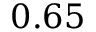
0 . 6 5